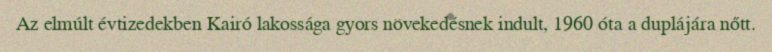
Az elmúlt évtizedekben Kairó lakossága gyors növekedésnek indult, 1960 óta a duplájára nőtt.